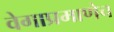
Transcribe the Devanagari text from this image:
वेगाप्रमाणेच